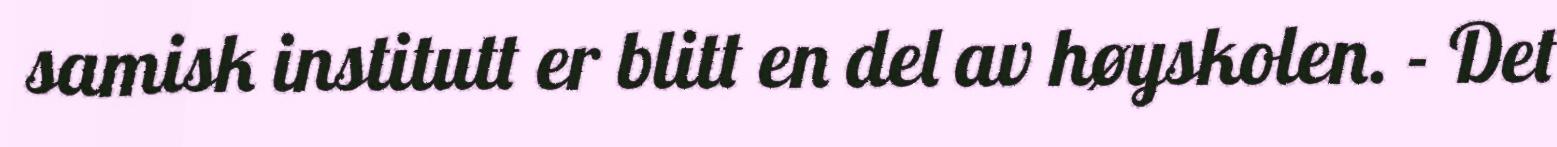
samisk institutt er blitt en del av høyskolen. - Det